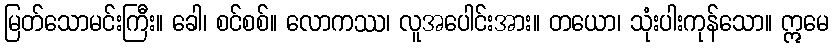
မြတ်သောမင်းကြီး။ ခေါ၊ စင်စစ်။ လောကဿ၊ လူအပေါင်းအား။ တယော၊ သုံးပါးကုန်သော။ ဣမေ